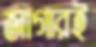
জাগারই